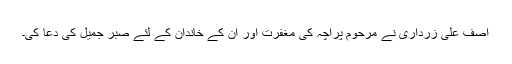
آصف علی زرداری نے مرحوم پراچہ کی مغفرت اور ان کے خاندان کے لئے صبر جمیل کی دعا کی۔